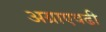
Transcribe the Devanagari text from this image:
अग्राएवढी